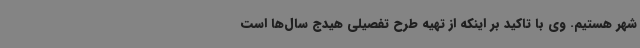
شهر هستیم. وی با تاکید بر اینکه از تهیه طرح تفصیلی هیدج سال‌ها است